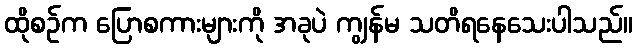
ထိုစဉ်က ပြောစကားများကို အခုပဲ ကျွန်မ သတိရနေသေးပါသည်။